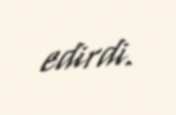
edirdi.